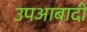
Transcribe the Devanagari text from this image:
उपआबादी